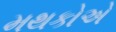
મથકોએ